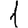
Digit: 1